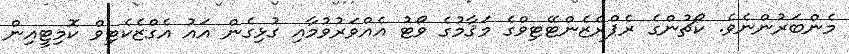
މެންބަރުންނެވެ. ކޯޗުންގެ ރެޕްރެޒެންޓޭޓިވްގެ މަޤާމުގެ ވޯޓު އެއްވަރުވުމާއި ގުޅިގެން އައު އެގްޒެކެޓިވް ކޮމިޓީއިން